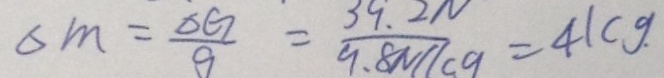
S _ { m } = \frac { \Delta G } { 9 } = \frac { 3 9 . 2 N } { 9 . 8 N / 1 0 9 } = 4 1 C g .